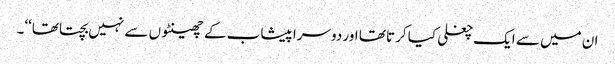
ان میں سے ایک چغلی کیا کرتا تھا اور دوسرا پیشاب کے چھینٹوں سے نہیں بچتا تھا‘‘۔